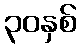
၃၀နှစ်